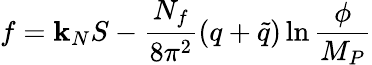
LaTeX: f=\mathbf{k}_{N}S-{\frac{{N_{f}}}{{8\pi^{2}}}}(q+\tilde{{q}})\ln{\frac{{\phi}}{{M_{P}}}}